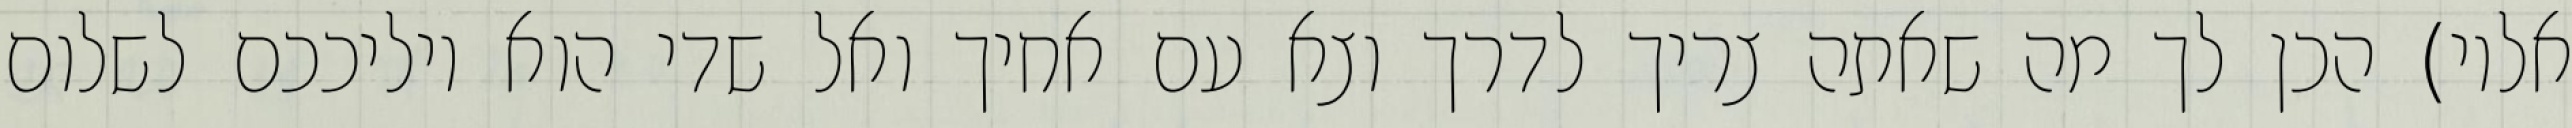
אליו) הכן לך מה שאתה צריך לדרך וצא עם אחיך ואל שדי הוא יוליככם לשלום